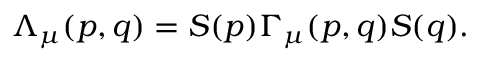
\Lambda _ { \mu } ( p , q ) = S ( p ) \Gamma _ { \mu } ( p , q ) S ( q ) .